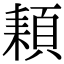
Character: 𩓕